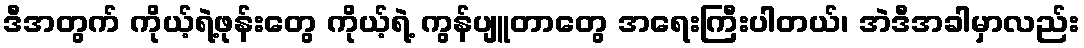
ဒီအတွက် ကိုယ့်ရဲ့ဖုန်းတွေ ကိုယ့်ရဲ့ ကွန်ပျူတာတွေ အရေးကြီးပါတယ်၊ အဲဒီအခါမှာလည်း